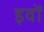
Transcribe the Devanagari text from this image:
इवों